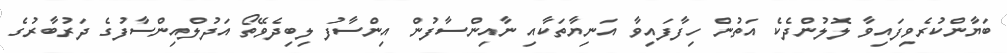
ބަޔާންކުރެވިފައިވާ ލޮލުންދެކެ އަތުން ހިފާފައިވާ އަނިޔާތަކާއި ނާއިންސާފުން އިންސާފު ލިބިދެވޭތޯ އަދުލްއިންސާފުގެ ދަރުބާރުގެ